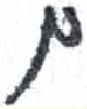
אות: ם